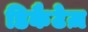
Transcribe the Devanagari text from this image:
डिकैटेज़